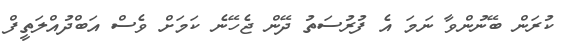
ކުރަން ބޭނުންވާ ނަމަ އެ ފުރުސަތު ދޭން ޖެހޭނެ ކަމަށް ވެސް އަބްދުއްލަތީފް